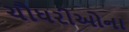
ચૌધરીઓના